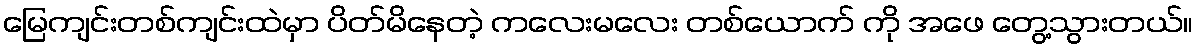
မြေကျင်းတစ်ကျင်းထဲမှာ ပိတ်မိနေတဲ့ ကလေးမလေး တစ်ယောက် ကို အဖေ တွေ့သွားတယ်။